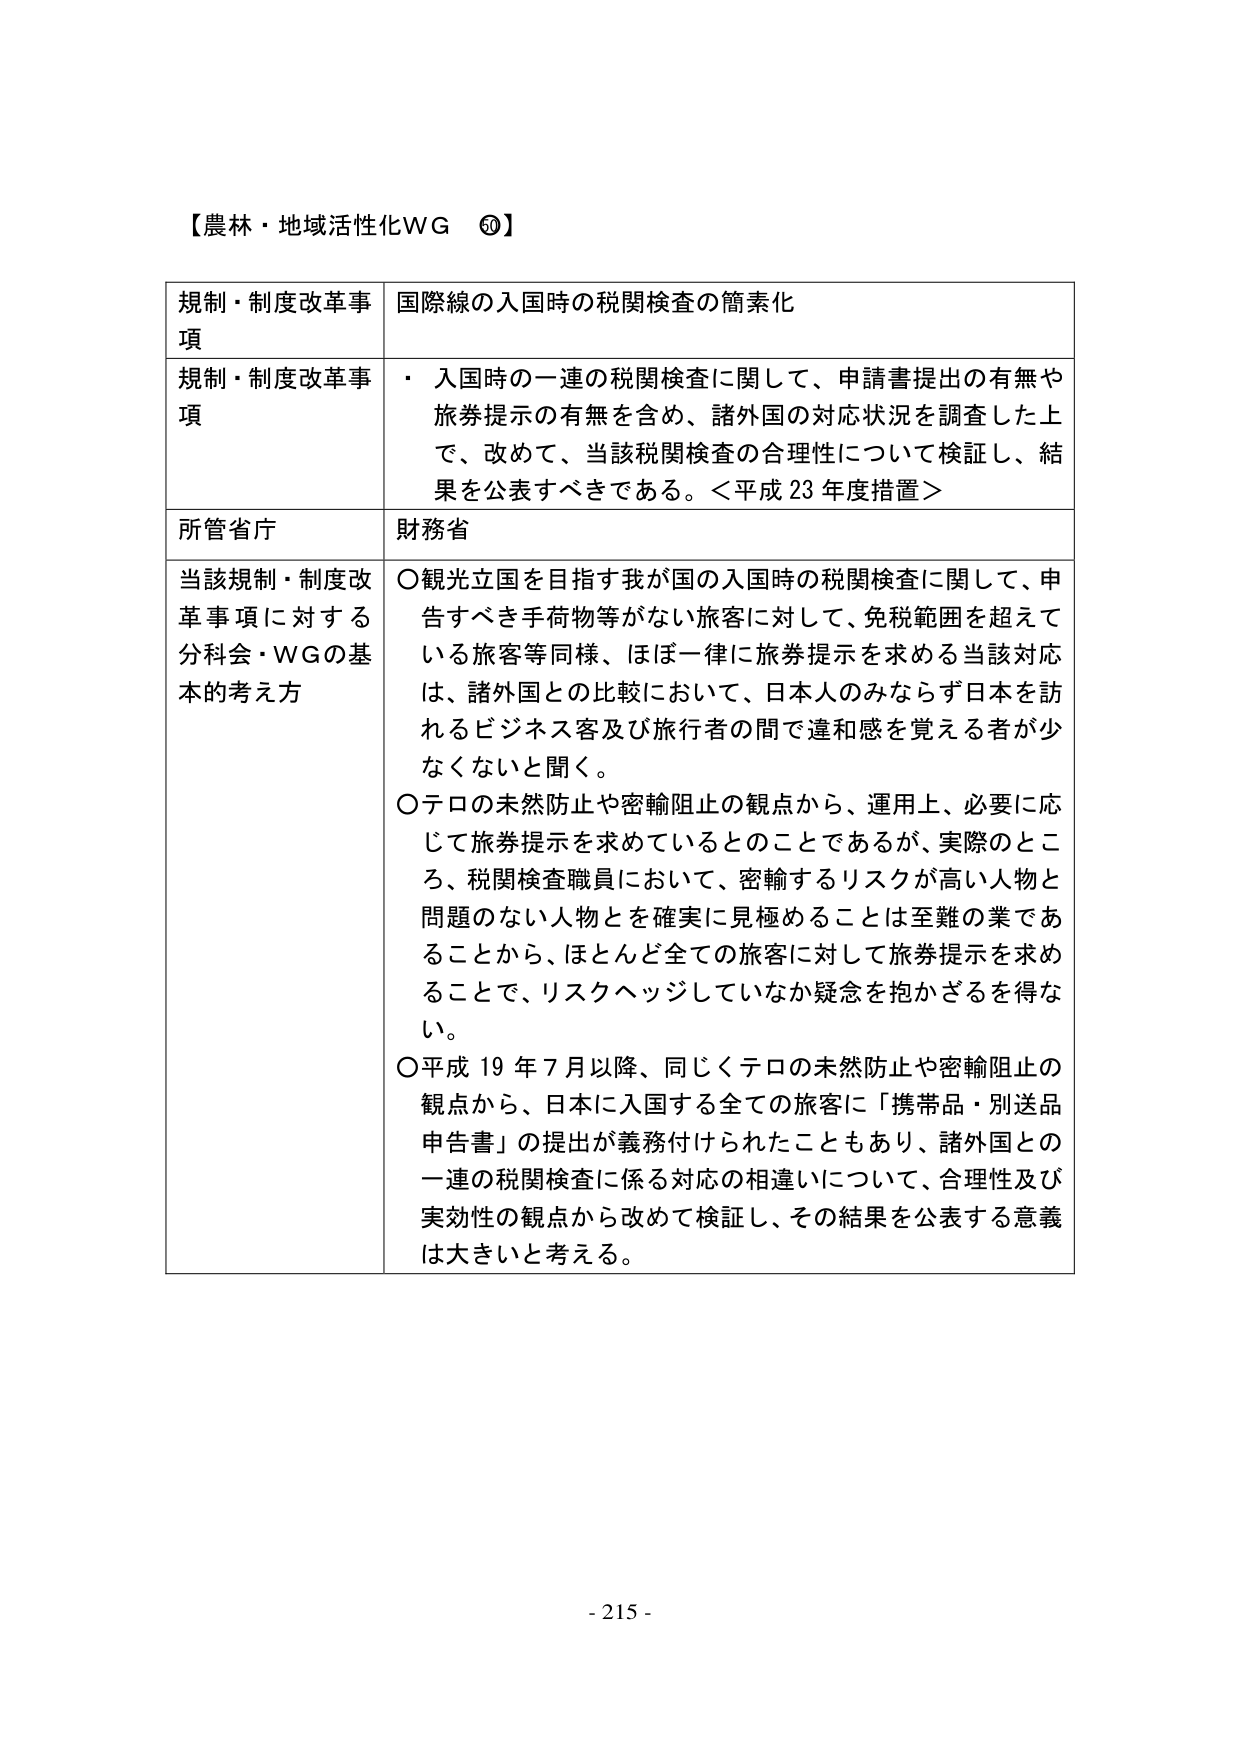
【農林・地域活性化WG ⑤】

規制・制度改革事項　国際線の入国時の税関検査の簡素化

規制・制度改革事項　・ 入国時の一連の税関検査に関して、申請書提出の有無や旅券提示の有無を含め、諸外国の対応状況を調査した上で、改めて、当該税関検査の合理性について検証し、結果を公表すべきである。＜平成23年度措置＞

所管省庁　財務省

当該規制・制度改革事項に対する分科会・WGの基本的考え方　○観光立国を目指す我が国の入国時の税関検査に関して、申告すべき手荷物等がない旅客に対して、免税範囲を超えている旅客等同様、ほぼ一律に旅券提示を求める当該対応は、諸外国との比較において、日本人のみならず日本を訪れるビジネス客及び旅行者の間で違和感を覚える者が少なくないと聞く。

○テロの未然防止や密輸阻止の観点から、運用上、必要に応じて旅券提示を求めているとのことであるが、実際のところ、税関検査職員において、密輸するリスクが高い人物と問題のない人物を確実に見極めることは至難の業であることから、ほとんど全ての旅客に対して旅券提示を求めることで、リスクヘッジしていなか疑念を抱かざるを得ない。

○平成19年7月以降、同じくテロの未然防止や密輸阻止の観点から、日本に入国する全ての旅客に「携帯品・別送品申告書」の提出が義務付けられたこともあり、諸外国との一連の税関検査に係る対応の相違について、合理性及び実効性の観点から改めて検証し、その結果を公表する意義は大きいと考える。

- 215 -